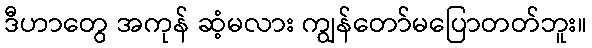
ဒီဟာတွေ အကုန် ဆံ့မလား ကျွန်တော်မပြောတတ်ဘူး။